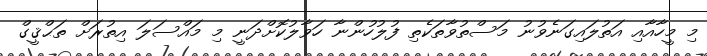
މި މީހާއާއި އަތުލައިގަނެވުނު މަސްތުވާތަކެތި ފުލުހުންނާ ހަވާލުކޮށްދަނީ މި މައްސަލަ އިތުރަށް ތަޙްޤީގް